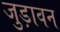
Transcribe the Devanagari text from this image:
जुड़ावन